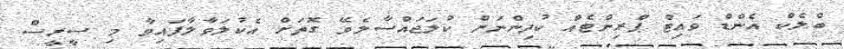
ބްލެކް އެންޑް ވައިޓް ޕްރިންޓެއް ކުދިންނަށް ކުލަޖައްސާލެވޭ ގޮތަށް އެކުލަވާލާފައިވާ މި ސީރީސް